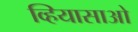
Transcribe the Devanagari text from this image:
व्हियासाओ